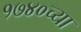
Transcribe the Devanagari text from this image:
१७४०च्या